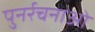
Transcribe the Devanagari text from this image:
पुनर्रचनाओं